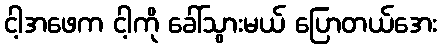
ငါ့အဖေက ငါ့ကို ခေါ်သွားမယ် ပြောတယ်အေး